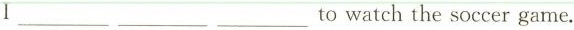
I ___ ___ ___to watch the soccer game.